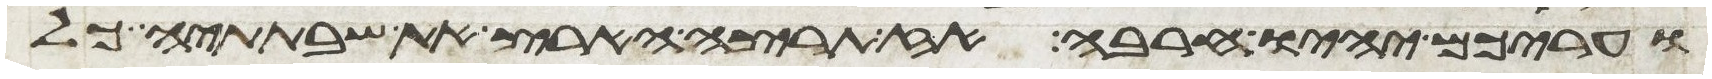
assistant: ועריכם יהיו חרבה אז תרצה הארץ את שבתתיה כל